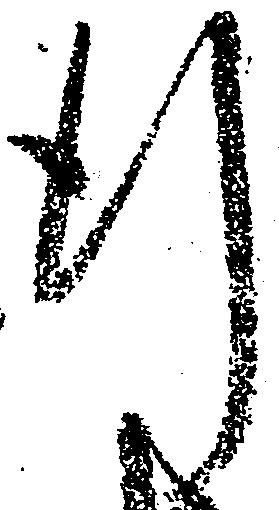
行